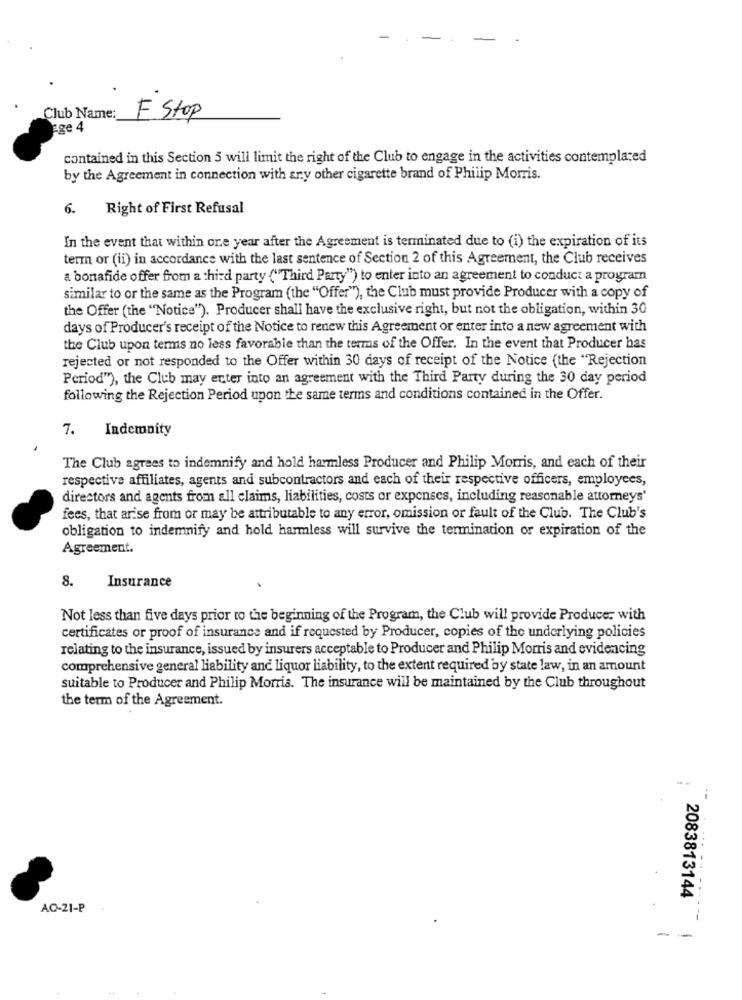
Club Name:
F Stop
Ege 4
contained in this Section 5 will limit the right of the Club to engage in the activities contemplated
by the Agreement in connection with any other cigarette brand of Philip Morris.
Right of First Refusal
6.
In the event that within one year after the Agreement is terminated due to (i) the expiration of its
term or (ii) in accordance with the last sentence of Section 2 of this Agreement, the Club receives
a bonafide offer from a third party ("Third Party") to enter into an agreement to conduct a program
similar to or the same as the Program (the "Offer"), the Club must provide Producer with a copy of
the Offer (the "Notice"). Producer shall have the exclusive right, but not the obligation, within 30
days of Producer's receipt of the Notice to renew this Agreement or enter into a new agreement with
the Club upon terms no less favorable than the terms of the Offer. In the event that Producer has
rejected or not responded to the Offer within 30 days of receipt of the Notice (the "Rejection
Period"), the Club may enter into an agreement with the Third Party during the 30 day period
following the Rejection Period upon the same terms and conditions contained in the Offer.
7.
Indemnity
The Club agrees to indemnify and hold harmless Producer and Philip Morris, and each of their
respective affiliates, agents and subcontractors and each of their respective officers, employees,
directors and agents from all claims, liabilities, costs or expenses, including reasonable attorneys'
fees, that arise from or may be attributable to any error, omission or fault of the Club. The Club's
obligation to indemnify and hold harmless will survive the termination or expiration of the
Agreement.
8.
Insurance
Not less than five days prior to the beginning of the Program, the Club will provide Producer with
certificates or proof of insurance and if requested by Producer, copies of the underlying policies
relating to the insurance, issued by insurers acceptable to Producer and Philip Morris and evidencing
comprehensive general liability and liquor liability, to the extent required by state law, in an amount
suitable to Producer and Philip Morris. The insurance will be maintained by the Club throughout
the term of the Agreement.
2083813144
AO-21-P
- -